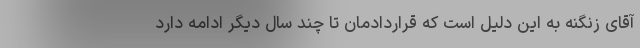
آقای زنگنه به این دلیل است که قراردادمان تا چند سال دیگر ادامه دارد